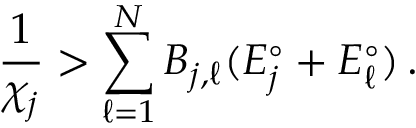
\frac { 1 } { \chi _ { j } } > \sum _ { \ell = 1 } ^ { N } B _ { j , \ell } ( E _ { j } ^ { \circ } + E _ { \ell } ^ { \circ } ) \, .